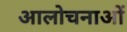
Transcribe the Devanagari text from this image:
आलोचनाआें